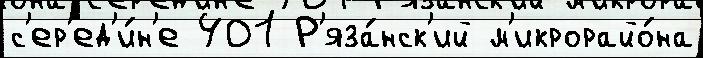
с'ер'ед'и́н'е 401 Р'яза́нск'ий м'икрорайо́на